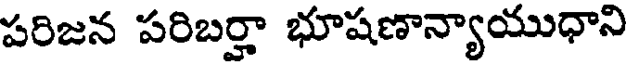
పరిజన పరిబర్హా భూషణాన్యాయుధాని